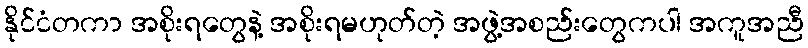
နိုင်ငံတကာ အစိုးရတွေနဲ့ အစိုးရမဟုတ်တဲ့ အဖွဲ့အစည်းတွေကပါ အကူအညီ